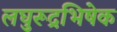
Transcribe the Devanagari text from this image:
लघुरूद्रभिषेक